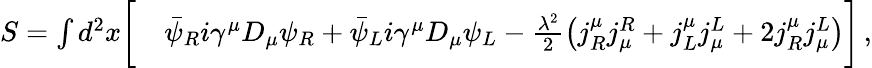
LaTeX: \begin{array}{rl}{S=\int d^{2}x\bigg[}&{\bar{\psi}_{R}i\gamma^{\mu}D_{\mu}\psi_{R}+\bar{\psi}_{L}i\gamma^{\mu}D_{\mu}\psi_{L}-\frac{\lambda^{2}}{2}\left(j_{R}^{\mu}j_{\mu}^{R}+j_{L}^{\mu}j_{\mu}^{L}+2j_{R}^{\mu}j_{\mu}^{L}\right)\bigg]\, ,}\end{array}